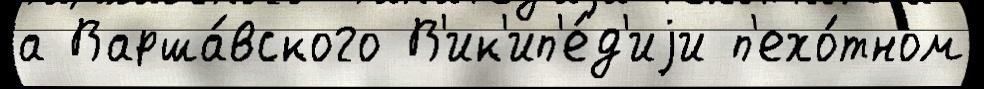
а Варша́вского В'ик'ип'е́д'иjи п'ехо́тном